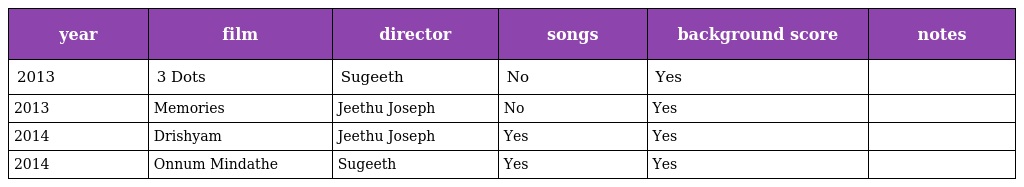
| year | film | director | songs | background score | notes |
 | --- | --- | --- | --- | --- | --- |
 | 2013 | 3 Dots | Sugeeth | No | Yes |  |
 | 2013 | Memories | Jeethu Joseph | No | Yes |  |
 | 2014 | Drishyam | Jeethu Joseph | Yes | Yes |  |
 | 2014 | Onnum Mindathe | Sugeeth | Yes | Yes |  |